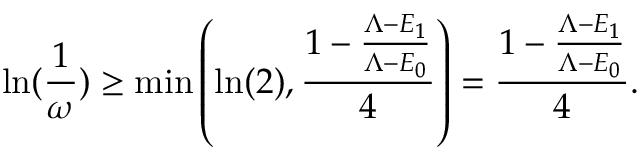
\ln ( \frac { 1 } { \omega } ) \geq \operatorname* { m i n } \left( \ln ( 2 ) , \frac { 1 - \frac { \Lambda - E _ { 1 } } { \Lambda - E _ { 0 } } } { 4 } \right) = \frac { 1 - \frac { \Lambda - E _ { 1 } } { \Lambda - E _ { 0 } } } { 4 } .